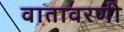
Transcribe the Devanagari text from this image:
वातावरणी